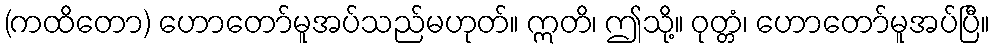
(ကထိတော) ဟောတော်မူအပ်သည်မဟုတ်။ ဣတိ၊ ဤသို့။ ဝုတ္တံ၊ ဟောတော်မူအပ်ပြီ။